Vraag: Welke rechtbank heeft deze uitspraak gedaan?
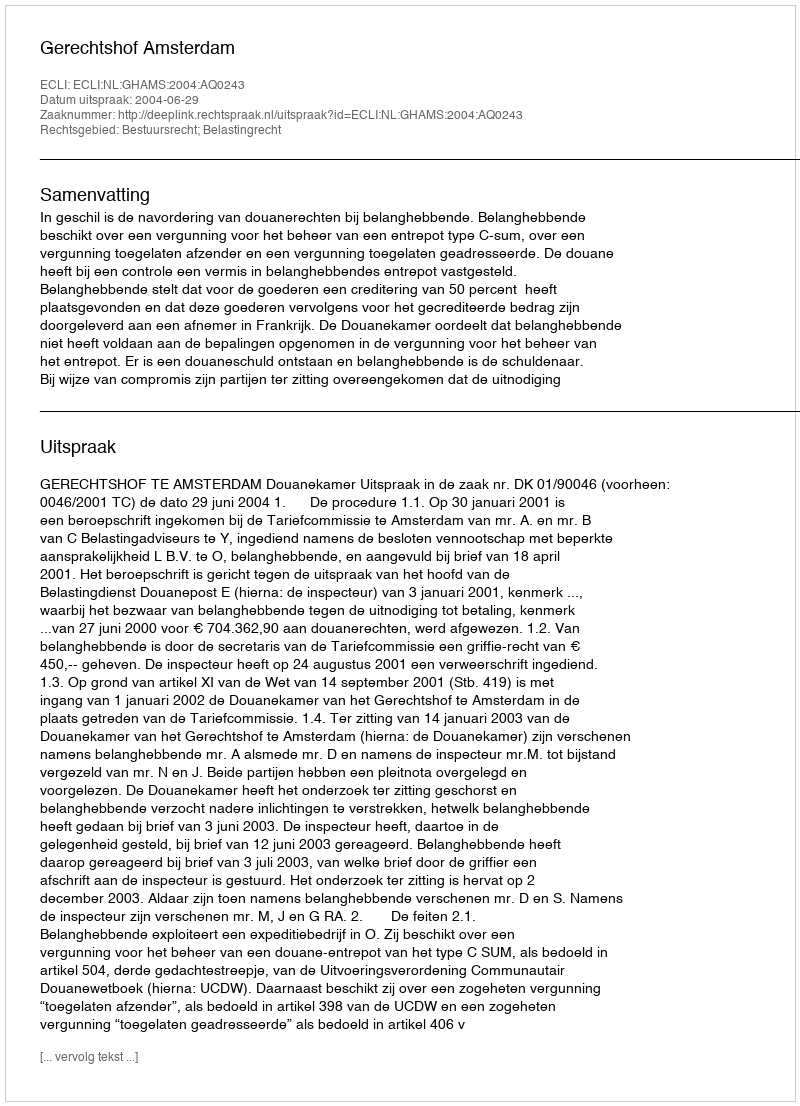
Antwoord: Gerechtshof Amsterdam